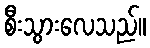
စီးသွားလေသည်။